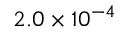
2 . 0 \times 1 0 ^ { - 4 }